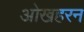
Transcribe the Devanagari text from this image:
ओखहरन